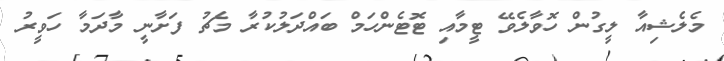
މެލެޝިއާ ލީގުން ހޮވާލެވޭ ޓީމާއި ޓޮޓެންހަމް ބައްދަލުކުރާ މެޗު ފަށާނީ މާދަމާ ހަވީރު